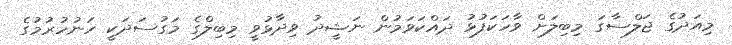
މިއަދުގެ ޖަލްސާގަ މިބިލަށް ވާހަކަފުޅު ދައްކަވަމުން ނަޝީދު ވިދާޅުވީ މިބިލްގެ މަގުސަދަކީ ހަނުހުރުމުގެ